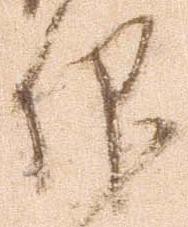
仰